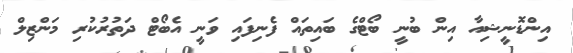
އިންޑޮނީޝިއާ އިން ބުނީ ބޯޓްގެ ބައިތައް ފެނިފައި ވަނީ އެބޯޓް ދަތުރުކުރި މަންޒިލް